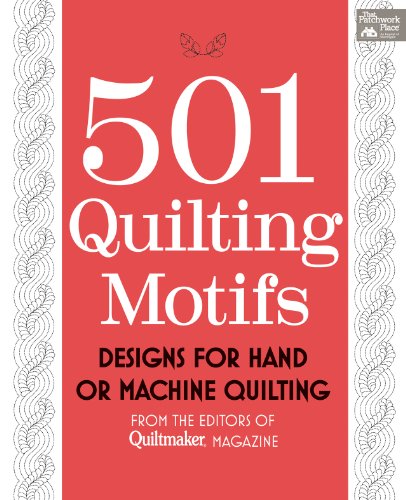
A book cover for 501 Quilting Motifs: From the Editors of Quiltmaker Magazine; That Patchwork Place; Crafts, Hobbies & Home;